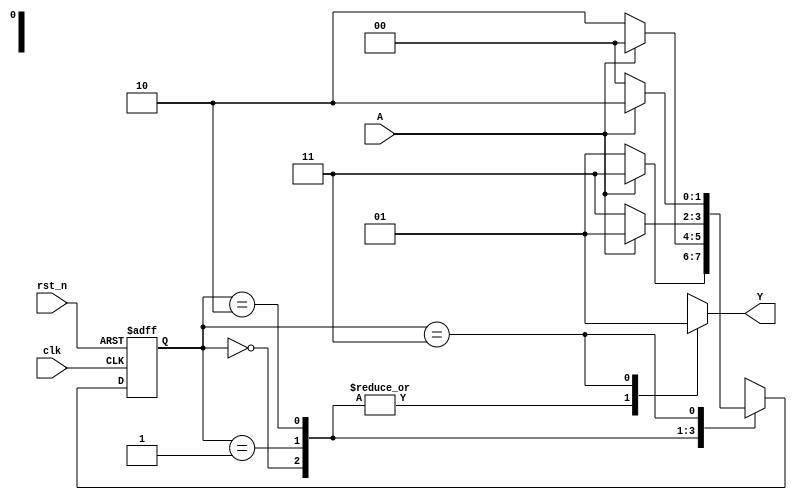
`timescale 1ns / 1ns

module seq_circuit (
    input A,
    input clk,
    input rst_n,

    output wire Y
);
    parameter S0 = 2'b00;
    parameter S1 = 2'b01;
    parameter S2 = 2'b10;
    parameter S3 = 2'b11;
    reg Y_reg;
    reg [1:0] state, next_state;

    always @(posedge clk or negedge rst_n) begin
        if (!rst_n) state <= S0;
        else state <= next_state;
    end

    always @(*) begin
        case (state)
            S0: next_state = A ? S3 : S1;
            S1: next_state = A ? S0 : S2;
            S2: next_state = A ? S1 : S3;
            S3: next_state = A ? S2 : S0;
            default: next_state = S0;
        endcase
    end

    always @(*) begin
        case (state)
            S0: Y_reg = 0;
            S1: Y_reg = 0;
            S2: Y_reg = 0;
            S3: Y_reg = 1;
            default: Y_reg = 0;
        endcase
    end

    assign Y = Y_reg;
endmodule